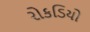
રોકડિયો